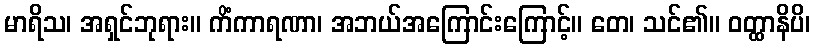
မာရိသ၊ အရှင်ဘုရား။ ကိံကာရဏာ၊ အဘယ်အကြောင်းကြောင့်။ တေ၊ သင်၏။ ဝတ္ထာနိပိ၊